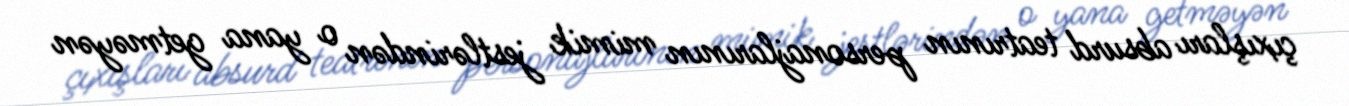
çıxışları absurd teatrının personajlarının mimik jestlərindən o yana getməyən